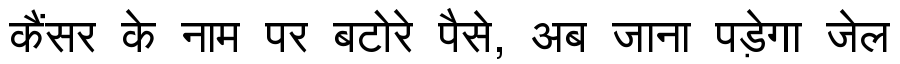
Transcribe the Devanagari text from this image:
कैंसर के नाम पर बटोरे पैसे, अब जाना पड़ेगा जेल